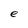
Character: e